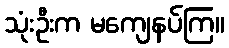
သုံးဦးက မကျေနပ်ကြ။